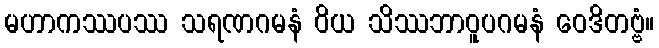
မဟာကဿပဿ သရဏဂမနံ ဝိယ သိဿဘာဝူပဂမနံ ဝေဒိတဗ္ဗံ။